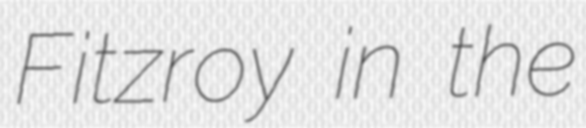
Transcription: Fitzroy in the